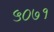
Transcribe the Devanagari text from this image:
५०७१